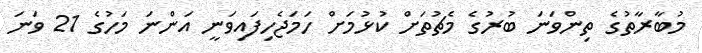
މުބާރާތުގެ ތިންވަނަ ބުރުގެ މެޗުތަށް ކުޅުމަށް ހަމަޖެހިފައިވަނީ އަންނަ މަހުގެ 21 ވަނަ